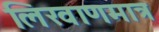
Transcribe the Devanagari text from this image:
लिखाणमात्र